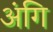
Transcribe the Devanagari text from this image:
अंगि